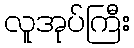
လူအုပ်ကြီး